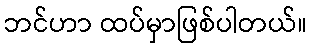
ဘင်ဟာ ထပ်မှာဖြစ်ပါတယ်။